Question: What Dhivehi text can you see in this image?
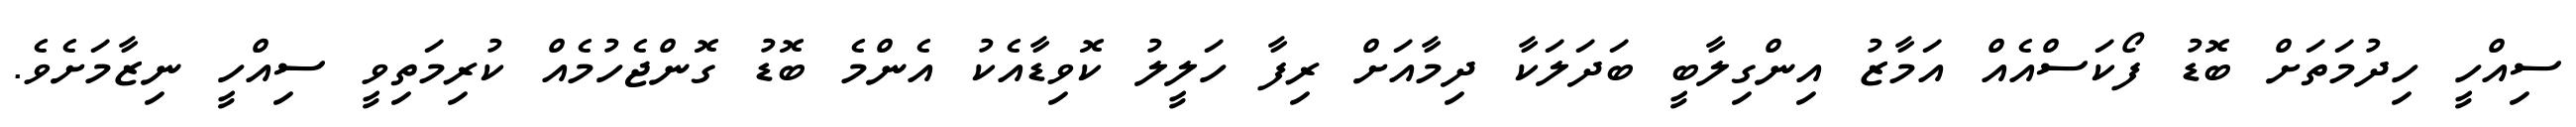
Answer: ސިއްހީ ހިދުމަތަށް ބޮޑު ފޯކަސްއެއް އަމާޒު އިންގިލާބީ ބަދަލަކާ ދިމާއަށް ރިފާ ހަލީލު ކޮވިޑާއެކު އެންމެ ބޮޑު ގޮންޖެހުމެއް ކުރިމަތިވީ ސިއްހީ ނިޒާމަށެވެ.